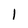
Character: 1